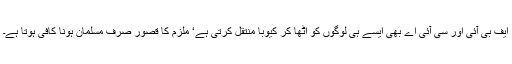
ایف بی آئی اور سی آئی اے بھی ایسے ہی لوگوں کو اٹھا کر کیوبا منتقل کرتی ہے‘ ملزم کا قصور صرف مسلمان ہونا کافی ہوتا ہے۔